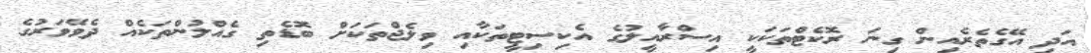
އަދި އޭގެތެރެއިން ގިނަ ރޮކެޓްތަކަކީ އިސްރާއީލުގެ އެކިސިޓީތަކާއި ވިލެޖްތަކަށް ބޮޑެތި ގެއްލުންތަކެއް ދެވޭވަރުގެ